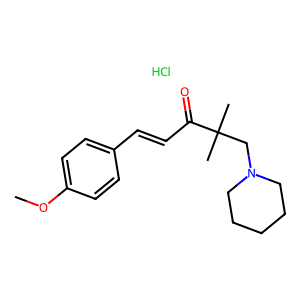
SMILES: COc1ccc(C=CC(=O)C(C)(C)CN2CCCCC2)cc1.Cl
Inhibits HIV replication: No